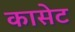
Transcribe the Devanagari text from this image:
कासेट